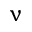
\upnu